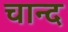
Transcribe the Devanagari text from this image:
चान्‍द